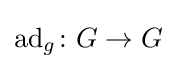
\operatorname {ad} _{g}\colon G\to G